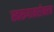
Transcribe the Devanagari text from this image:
स्वरूपाबरोबरच